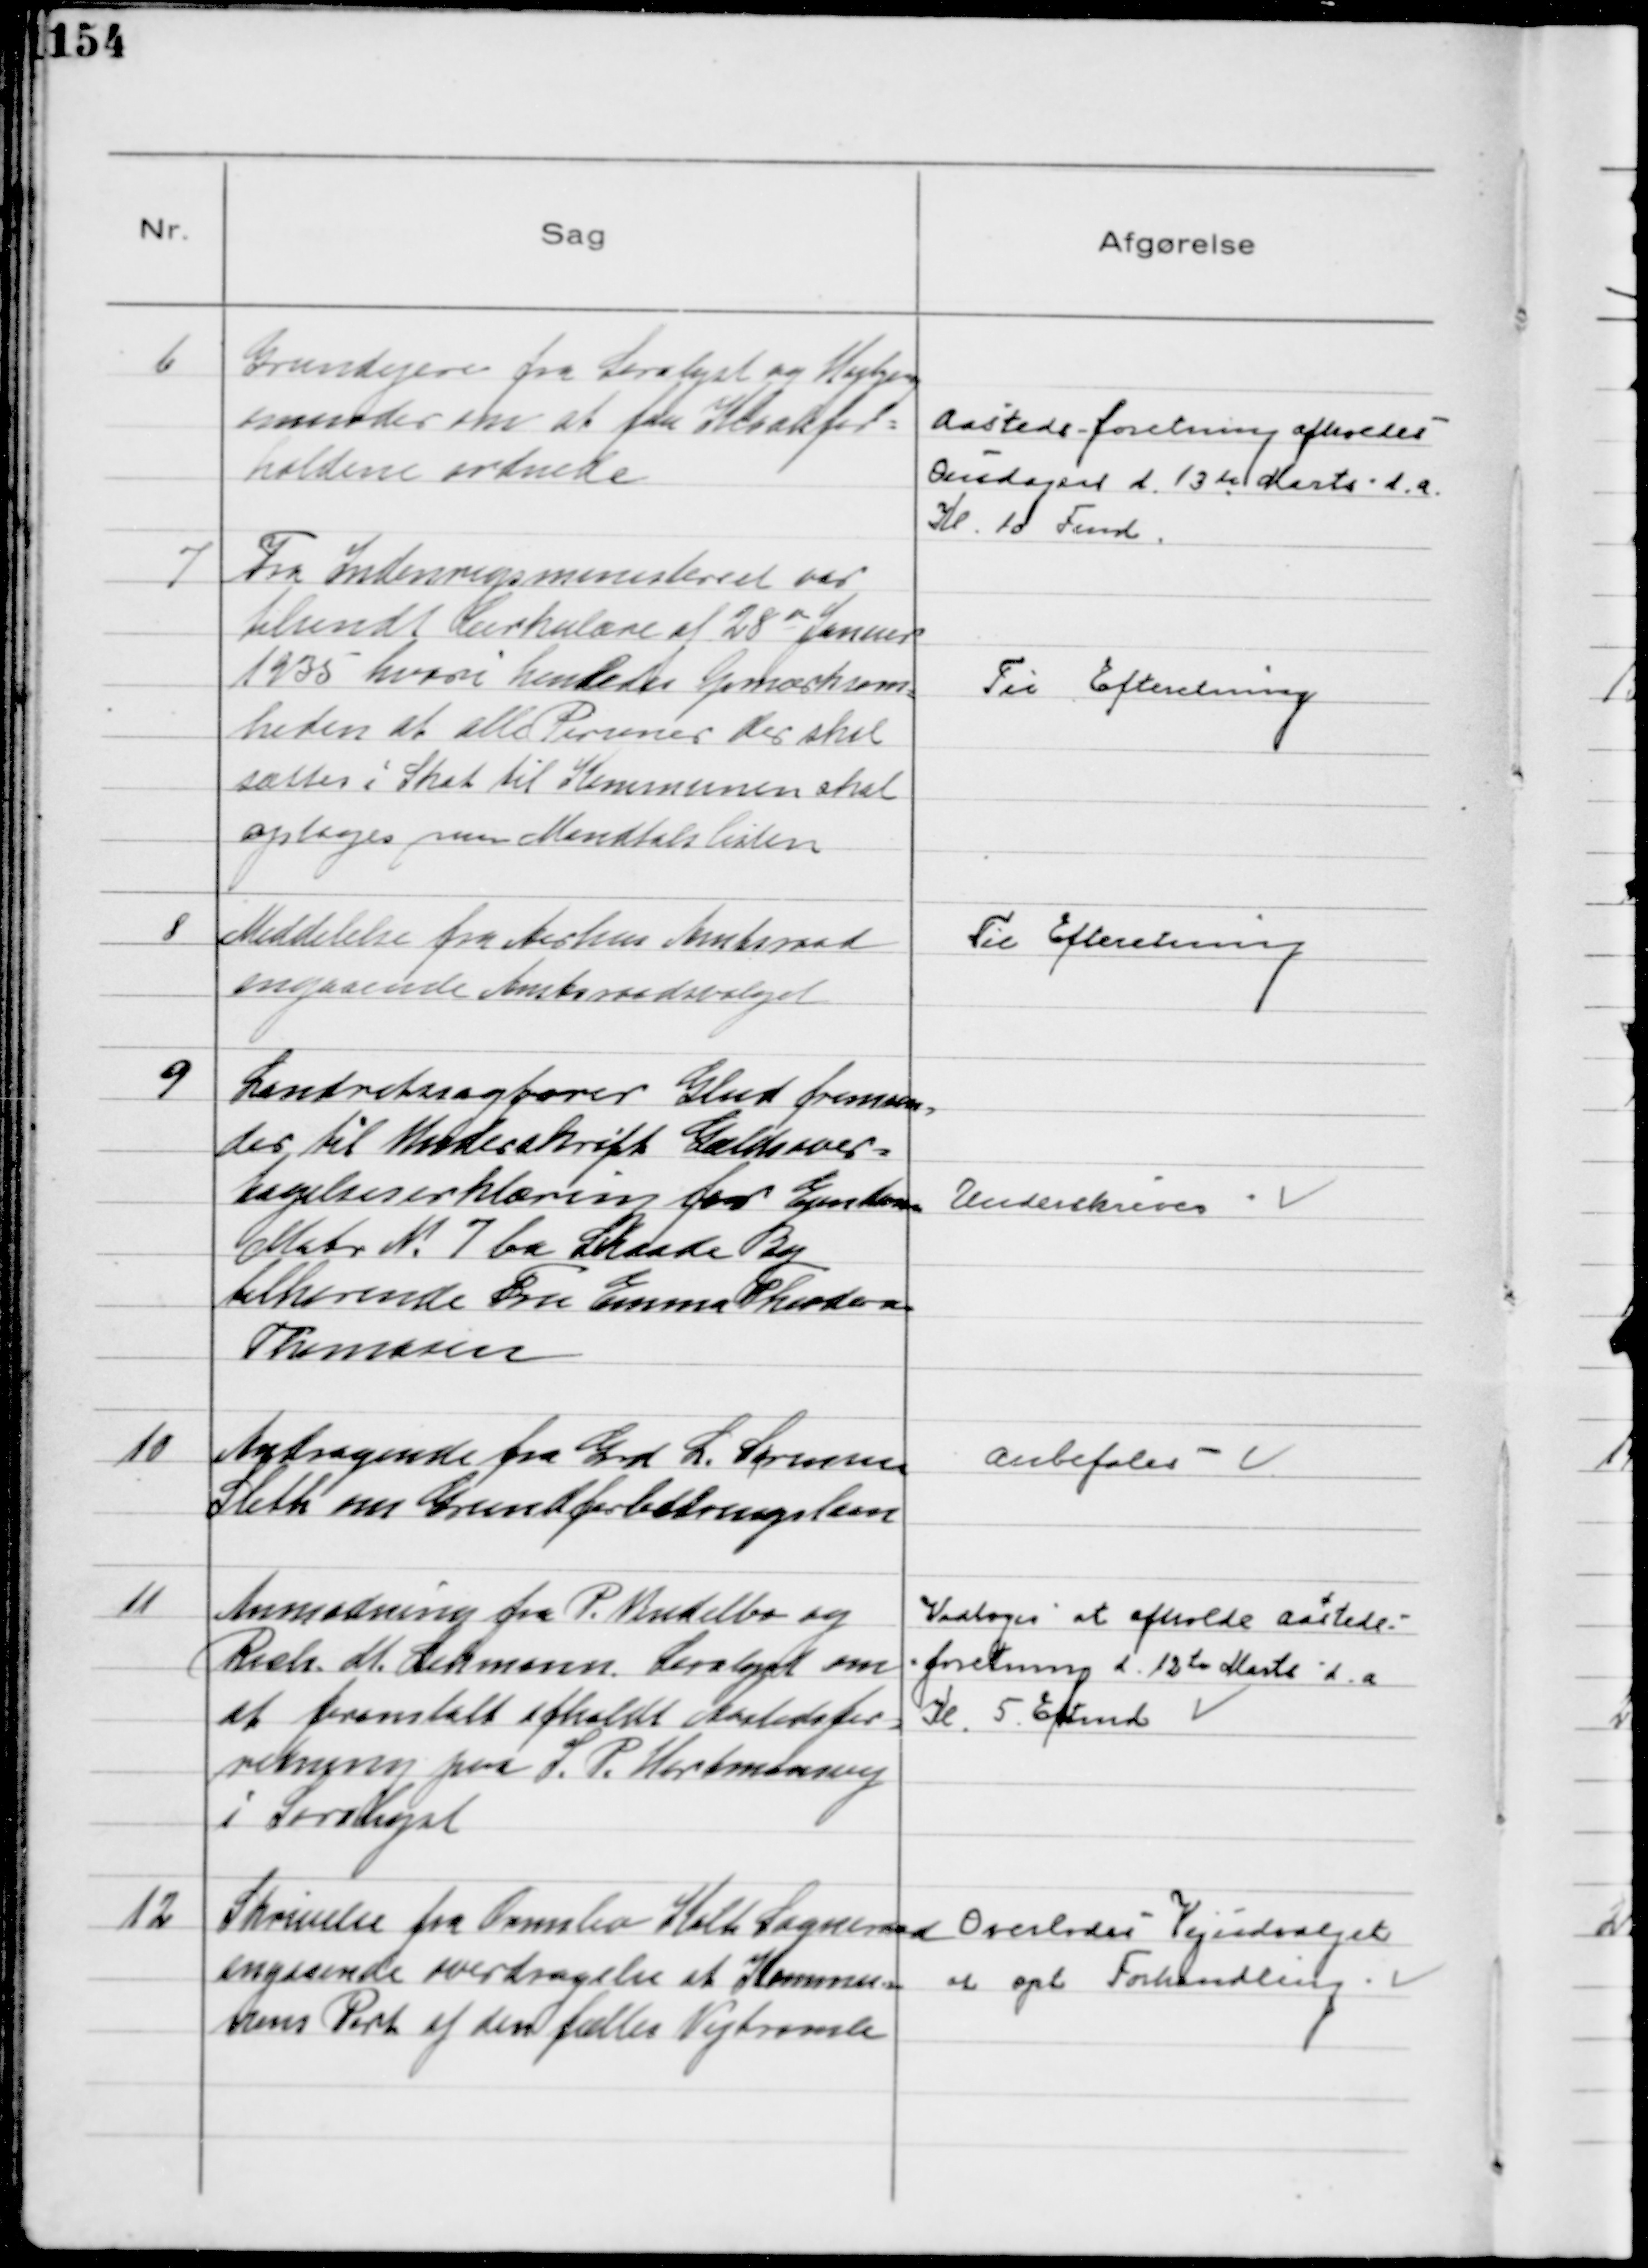
Transskription:
6
Grundejere fra Saralyst og Højbjerg
anmoder om at faa Kloakfor=
holdene ordnede
Aastedsforretning afholdes
Onsdagen d. 13de Marts d.a.
Kl. 10 Fmd.

7
Fra Indenrigsministeriet var
tilsendt Cirkulære af 28 de Januar
1935 hvori henledes Opmærksom
=
heden at alle Personer der skal
sættes i Skat til Kommunen skal
optages paa Mandtalslisten

Til Efteretning

8
Meddelelse fra Aarhus Amtsraad
angaaende Amtsraadsvalget

Til Efteretning

9
Landsretssagfører Glud fremsen=
der til Underskrift Gældsover=
tagelseserklæring for Ejendom
Matr №7 ba Skaade By
tilhørende Fru Emma Theodora
Thomasen
Underskrives

10
Andragende fra Grd L. Sørensen
Sleth om Grundforbedringslaan

Anbefales

11
Anmodning fra P. Vendelbo og
Rich. M. Lehmann Saralyst om
at foranstalt afholdt Aastedsfor=
retning paa I. P. Hartmansvej
i Saralyst
Vedtoges at afholde Aasteds-
-foretning d 12te Marts d. a.
Kl. 5 Eftmd

12
Skrivelse fra Ormslev Kolt Sogneraad
angaaende overdragelse af Kommu=
nens Part af den fælles Vejtromle
Overlodes Vejudvalget
at opt Forhandling